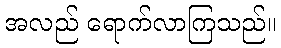
အလည် ရောက်လာကြသည်။